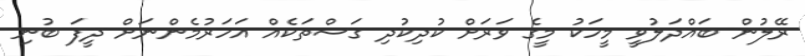
ރޭލުން ބައްދަލުވީ މީހަކު މީގެ ވަރަށް ކުދިކުދި ގަސްތަކެއް އަހަރުމެންނަށް ދީފަ ބުނި